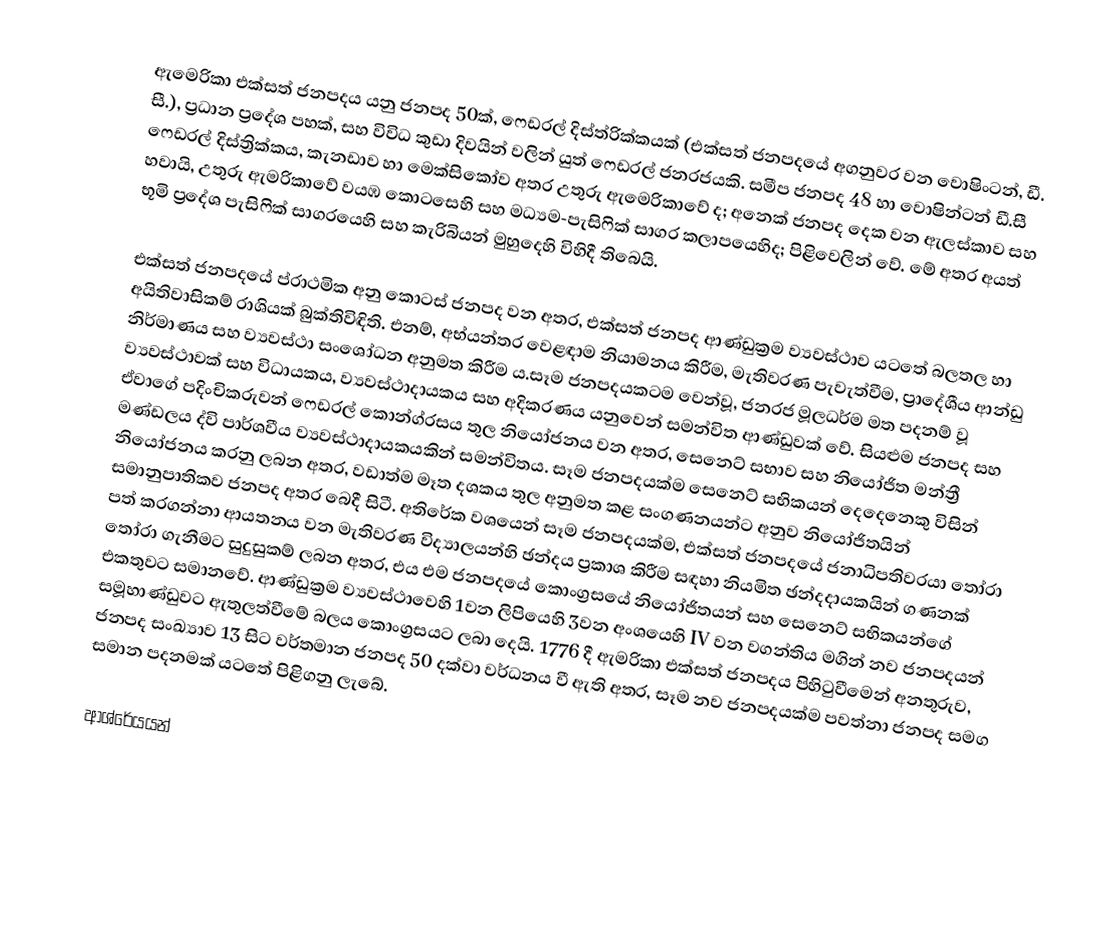
ඇමෙරිකා එක්සත් ජනපදය යනු ජනපද 50ක්, ෆෙඩරල් දිස්ත්රික්කයක් (එක්සත් ජනපදයේ අගනුවර වන වොෂිංටන්, ඩී. සී.), ප්‍රධාන ප්‍රදේශ පහක්, සහ විවිධ කුඩා දිවයින් වලින් යුත් ෆෙඩරල් ජනරජයකි. සමීප ජනපද 48 හා වොෂින්ටන් ඩී.සී ෆෙඩරල් දිස්ත්‍රික්කය, කැනඩාව හා මෙක්සිකෝව අතර උතුරු ඇමෙරිකාවේ ද; අනෙක් ජනපද දෙක වන ඇලස්කාව සහ හවායි, උතුරු ඇමරිකාවේ වයඹ කොටසෙහි සහ මධ්‍යම-පැසිෆික් සාගර කලාපයෙහිද; පිළිවෙලින් වේ. මේ අතර අයත් භූමි ප්‍රදේශ පැසිෆික් සාගරයෙහි සහ කැරිබියන් මුහුදෙහි විහිදී තිබෙයි.

එක්සත් ජනපදයේ ප්රාථමික අනු කොටස් ජනපද වන අතර, එක්සත් ජනපද ආණ්ඩුක්‍රම ව්‍යවස්ථාව යටතේ බලතල හා අයිතිවාසිකම් රාශියක් බුක්තිවිඳිති. එනම්, අභ්යන්තර වෙළඳාම නියාමනය කිරීම, මැතිවරණ පැවැත්වීම, ප්‍රාදේශීය ආන්ඩු නිර්මාණය සහ ව්‍යවස්ථා සංශෝධන අනුමත කිරීම ය.සෑම ජනපදයකටම වෙන්වූ, ජනරජ මූලධර්ම මත පදනම් වූ ව්‍යවස්ථාවක් සහ විධායකය, ව්‍යවස්ථාදායකය සහ අදිකරණය යනුවෙන් සමන්විත ආණ්ඩුවක් වේ. සියළුම ජනපද සහ ඒවාගේ පදිංචිකරුවන් ෆෙඩරල් කොන්ග්රසය තුල නියෝජනය වන අතර, සෙනෙට් සභාව සහ නියෝජිත මන්ත්‍රී මණ්ඩලය ද්වි පාර්ශවීය ව්‍යවස්ථාදායකයකින් සමන්විතය. සෑම ජනපදයක්ම සෙනෙට් සභිකයන් දෙදෙනෙකු විසින් නියෝජනය කරනු ලබන අතර, වඩාත්ම මෑත දශකය තුල අනුමත කළ සංගණනයන්ට අනුව නියෝජිතයින් සමානුපාතිකව ජනපද අතර බෙදී සිටී. අතිරේක වශයෙන් සෑම ජනපදයක්ම, එක්සත් ජනපදයේ ජනාධිපතිවරයා තෝරා පත් කරගන්නා ආයතනය වන මැතිවරණ විද්‍යාලයන්හි ඡන්දය ප්‍රකාශ කිරීම සඳහා නියමිත ඡන්දදායකයින් ගණනක් තෝරා ගැනීමට සුදුසුකම් ලබන අතර, එය එම ජනපදයේ කොංග්‍රසයේ නියෝජිතයන් සහ සෙනෙට් සභිකයන්ගේ එකතුවට සමානවේ. ආණ්ඩුක්‍රම ව්‍යවස්ථාවෙහි 1වන ලිපියෙහි 3වන අංශයෙහි IV වන වගන්තිය මගින් නව ජනපදයන් සමූහාණ්ඩුවට ඇතුලත්වීමේ බලය කොංග්‍රසයට ලබා දෙයි. 1776 දී ඇමරිකා එක්සත් ජනපදය පිහිටුවීමෙන් අනතුරුව, ජනපද සංඛ්‍යාව 13 සිට වර්තමාන ජනපද  50 දක්වා වර්ධනය වී ඇති අතර, සෑම නව ජනපදයක්ම පවත්නා ජනපද සමග සමාන පදනමක් යටතේ පිළිගනු ලැබේ.

ආශ්රේයයන්